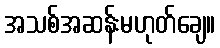
အသစ်အဆန်းမဟုတ်ချေ။